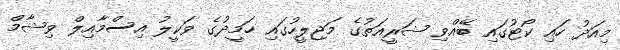
މިއަދު ހައި ކޯޓުގައި ބޭއްވި ޝަރީއަތުގެ މަޖިލީހުގައި ހަމީދުގެ ވަކީލު އިސްމާއިލް ވިޝާމް